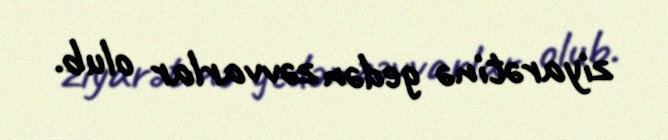
ziyarətinə gedən zəvvarlar olub.